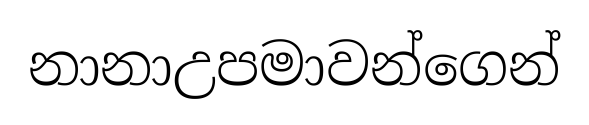
නානාඋපමාවන්ගෙන්